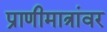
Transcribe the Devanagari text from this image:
प्राणीमात्रांवर